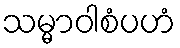
သမ္မာဝါစံပဟံ